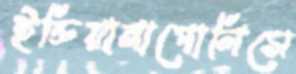
ইন্ডিয়ানাপোলিসে